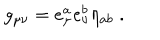
LaTeX: g _ { \mu \nu } = e _ { \mu } ^ { a } e _ { \nu } ^ { b } \eta _ { a b } \; .